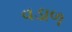
વડાળ